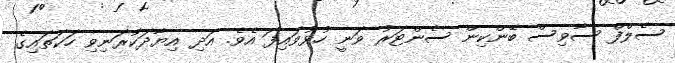
ސެލްފް ސާވިސް ބޭންކިން ސެންޓަރު ވަނީ ހުޅުވައިފަ އެވެ. އަދި އިޔާދަކުރަނިވި ހަކަތައިގެ